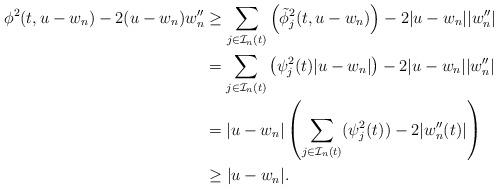
LaTeX: \begin{align*}\phi^2(t, u -w_n) - 2(u -w_n) w_n'' & \geq \sum_{j \in \mathcal{I}_n (t)} \left(\tilde{\phi}_j^2 (t, u-w_n)\right) - 2|u-w_n| |w_n''| \\& = \sum_{j \in \mathcal{I}_n (t)} \left(\psi_j^2 (t)|u-w_n|\right) - 2|u-w_n| |w_n''| \\& = |u-w_n| \left(\sum_{j \in \mathcal{I}_n (t)} (\psi_j^2 (t)) - 2|w_n''(t)|\right) \\& \geq | u -w_n|.\end{align*}